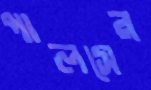
পালসের